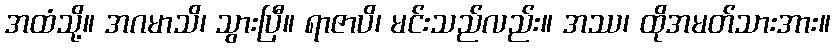
အထံသို့။ အဂမာသိ၊ သွားပြီ။ ရာဇာပိ၊ မင်းသည်လည်း။ အဿ၊ ထိုအမတ်သားအား။